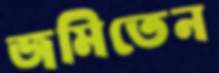
জমিতেন